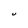
Character: U